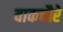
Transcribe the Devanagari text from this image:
वाकचौरे